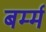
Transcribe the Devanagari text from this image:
बर्म्म